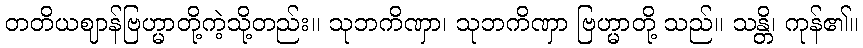
တတိယဈာန်ဗြဟ္မာတို့ကဲ့သို့တည်း။ သုဘကိဏှာ၊ သုဘကိဏှာ ဗြဟ္မာတို့ သည်။ သန္တိ၊ ကုန်၏။